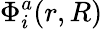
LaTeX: \Phi_{i}^{a}(r,R)